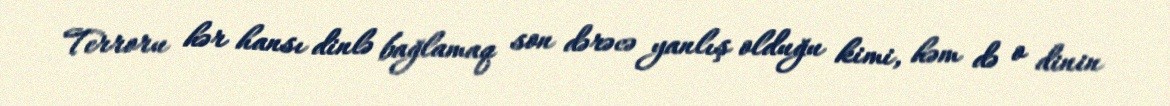
Terroru hər hansı dinlə bağlamaq son dərəcə yanlış olduğu kimi, həm də o dinin